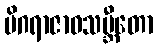
မိဂရာဇာဝသမ္ဘီတော